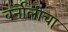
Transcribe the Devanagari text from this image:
बर्नोलीचा